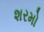
શરમો